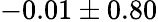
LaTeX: -0.01\pm 0.80